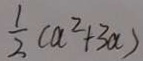
\frac { 1 } { 2 } ( a ^ { 2 } + 3 a )